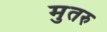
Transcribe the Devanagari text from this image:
मुतरु